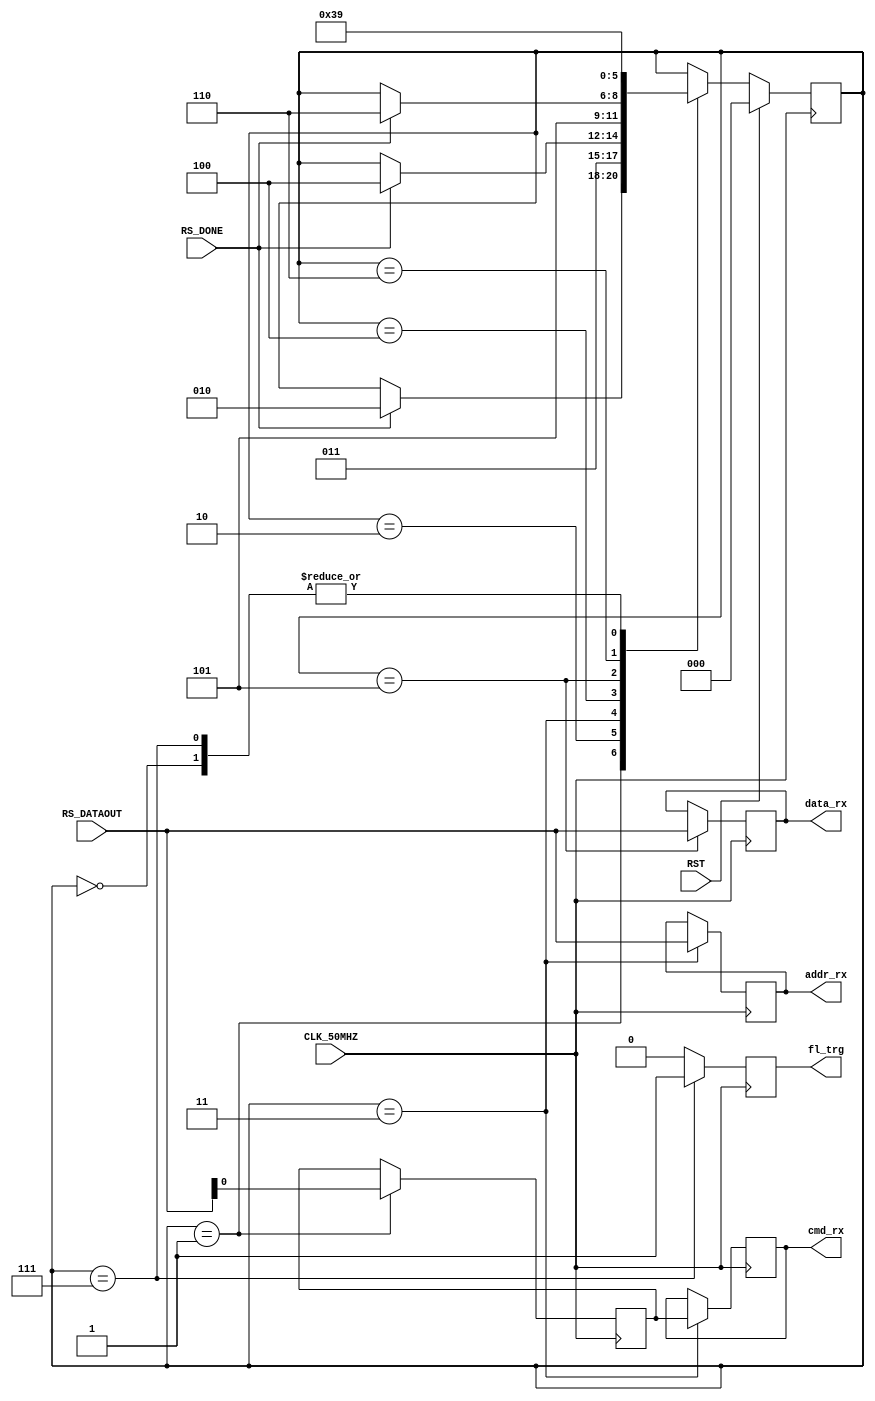
module Manager_RX_FSM(
	input CLK_50MHZ,
	input RST,
	input [7:0] RS_DATAOUT,
	input RS_DONE,
	output reg fl_trg,
	output reg cmd_rx,
	output reg [7:0] addr_rx,
	output reg [7:0] data_rx
   );
	
	reg cmd_rx_buf;
	
	reg [2:0] state_rx;
	localparam [2:0]	IDLE = 3'd0,
							RX_WAITING_CMD = 3'd1,
							RX_READING_CMD = 3'd2,
							RX_WAITING_ADDR = 3'd3,
							RX_READING_ADDR = 3'd4,
							RX_WAITING_DATA = 3'd5,
							RX_READING_DATA = 3'd6,
							RX_DONE = 3'd7;


	always @(posedge CLK_50MHZ) begin
		if(RST) state_rx <= IDLE;
		else begin
			case (state_rx)
				IDLE: begin
					state_rx <= RX_WAITING_CMD;
				end
				RX_WAITING_CMD: begin
					if( RS_DONE ) begin
						state_rx <= RX_READING_CMD;
					end
				end
				RX_READING_CMD: begin
					state_rx <= RX_WAITING_ADDR;
				end
				RX_WAITING_ADDR: begin
					if( RS_DONE ) begin
						state_rx <= RX_READING_ADDR;
					end
				end
				RX_READING_ADDR: begin
					state_rx <= RX_WAITING_DATA;
				end
				RX_WAITING_DATA: begin
					if( RS_DONE ) begin
						state_rx <= RX_READING_DATA;
					end
				end
				RX_READING_DATA: begin
					state_rx <= RX_DONE;
				end
				RX_DONE: begin
					state_rx <= RX_WAITING_CMD;
				end
			endcase
		end
	end


	always @(posedge CLK_50MHZ) begin
		fl_trg = 1'b0;
	
		case( state_rx )
			RX_WAITING_CMD: begin
				cmd_rx_buf = RS_DATAOUT;
			end
			RX_WAITING_ADDR: begin
				cmd_rx = cmd_rx_buf;
				addr_rx = RS_DATAOUT;
			end
			RX_WAITING_DATA: begin
				data_rx = RS_DATAOUT;
			end
			RX_DONE:
				fl_trg = 1'b1;				
		endcase
	end

endmodule